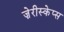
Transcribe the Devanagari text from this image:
ज़ेरीस्‍केप्‍स